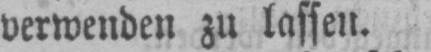
verwenden zu lassen.